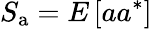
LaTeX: S_{\mathrm{a}}=E\left[aa^{\ast}\right]